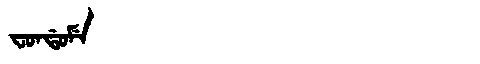
Manchu: ᠸᠣᠨᡩᠣᠮᡝ
Romanization: FONDOME